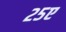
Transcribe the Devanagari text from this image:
२५ए